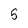
Character: 5